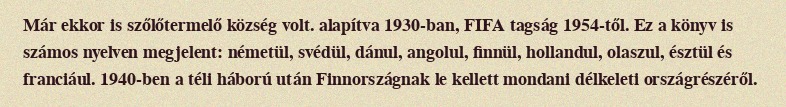
Már ekkor is szőlőtermelő község volt. alapítva 1930-ban, FIFA tagság 1954-től. Ez a könyv is számos nyelven megjelent: németül, svédül, dánul, angolul, finnül, hollandul, olaszul, észtül és franciául. 1940-ben a téli háború után Finnországnak le kellett mondani délkeleti országrészéről.